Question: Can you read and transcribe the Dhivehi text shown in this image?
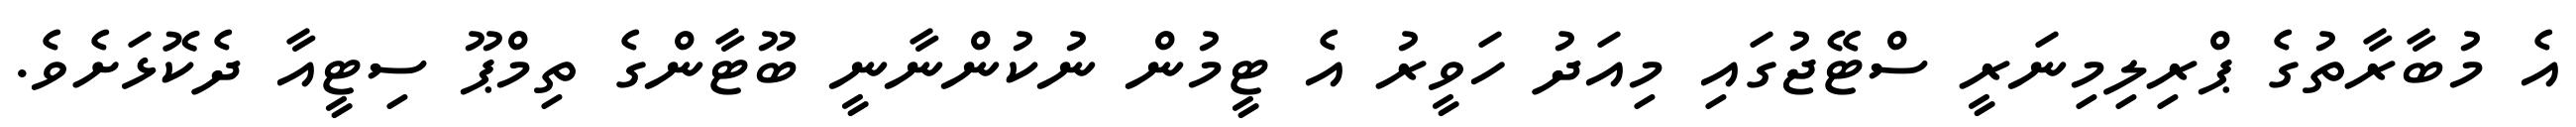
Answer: އެ މުބާރާތުގެ ޕްރިލިމިނަރީ ސްޓޭޖުގައި މިއަދު ހަވީރު އެ ޓީމުން ނުކުންނާނީ ބޫޓާންގެ ތިމްޕޫ ސިޓީއާ ދެކޮޅަށެވެ.